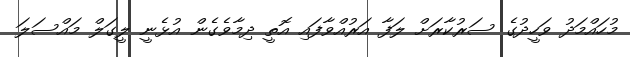
މުހައްމަދު ވަހީދުގެ ސަރުކާރަށް ލަފާ އަރުއްވާފައި އޮތީ ދިމާވެގެން އުޅެނީ ލީގަލް މައްސަލަ